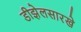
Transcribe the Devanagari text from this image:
डीझेलसारखे